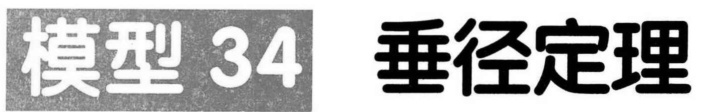
模型 34 垂径定理